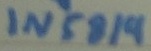
Text: IN5819